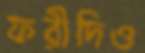
ফরীদিও